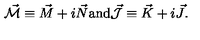
\vec { \cal M } \equiv \vec { M } + i \vec { N } \mathrm { a n d } \vec { \cal J } \equiv \vec { K } + i \vec { J } .